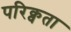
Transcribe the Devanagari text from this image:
परिक्वता